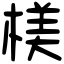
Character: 𣖙